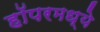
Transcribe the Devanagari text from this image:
हॉपरमध्ये